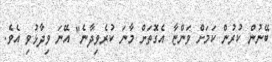
ބޭނުން ކުރުން ކަމަށް ވަންޏާ އެގޮތަށް މާނަ ކުރެވިދާނެ" އޭނަ ވިދާޅުވި އެވެ.